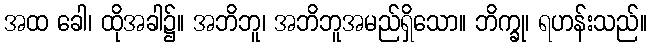
အထ ခေါ၊ ထိုအခါ၌။ အဘိဘူ၊ အဘိဘူအမည်ရှိသော။ ဘိက္ခု၊ ရဟန်းသည်။